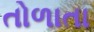
તોળાતા